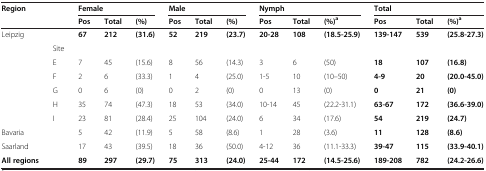
<table><thead><tr><td rowspan="2"><b>Region</b></td><td><b> </b></td><td colspan="3"><b>Female</b></td><td colspan="3"><b>Male</b></td><td colspan="3"><b>Nymph</b></td><td colspan="3"><b>Total</b></td></tr><tr><td><b> </b></td><td><b>Pos</b></td><td><b>Total</b></td><td><b>(%)</b></td><td><b>Pos</b></td><td><b>Total</b></td><td><b>(%)</b></td><td><b>Pos</b></td><td><b>Total</b></td><td><b>(%)<sup>a</sup></b></td><td><b>Pos</b></td><td><b>Total</b></td><td><b>(%)<sup>a</sup></b></td></tr></thead><tbody><tr><td>Leipzig</td><td> </td><td><b>67</b></td><td><b>212</b></td><td><b>(31.6)</b></td><td><b>52</b></td><td><b>219</b></td><td><b>(23.7)</b></td><td><b>20-28</b></td><td><b>108</b></td><td><b>(18.5-25.9)</b></td><td><b>139-147</b></td><td><b>539</b></td><td><b>(25.8-27.3)</b></td></tr><tr><td> </td><td>Site</td><td> </td><td> </td><td> </td><td> </td><td> </td><td> </td><td> </td><td> </td><td> </td><td> </td><td> </td><td> </td></tr><tr><td> </td><td>E</td><td>7</td><td>45</td><td>(15.6)</td><td>8</td><td>56</td><td>(14.3)</td><td>3</td><td>6</td><td>(50)</td><td><b>18</b></td><td><b>107</b></td><td><b>(16.8)</b></td></tr><tr><td> </td><td>F</td><td>2</td><td>6</td><td>(33.3)</td><td>1</td><td>4</td><td>(25.0)</td><td>1-5</td><td>10</td><td>(10–50)</td><td><b>4-9</b></td><td><b>20</b></td><td><b>(20.0-45.0)</b></td></tr><tr><td> </td><td>G</td><td>0</td><td>6</td><td>(0)</td><td>0</td><td>2</td><td>(0)</td><td>0</td><td>13</td><td>(0)</td><td><b>0</b></td><td><b>21</b></td><td><b>(0)</b></td></tr><tr><td> </td><td>H</td><td>35</td><td>74</td><td>(47.3)</td><td>18</td><td>53</td><td>(34.0)</td><td>10-14</td><td>45</td><td>(22.2-31.1)</td><td><b>63-67</b></td><td><b>172</b></td><td><b>(36.6-39.0)</b></td></tr><tr><td> </td><td>I</td><td>23</td><td>81</td><td>(28.4)</td><td>25</td><td>104</td><td>(24.0)</td><td>6</td><td>34</td><td>(17.6)</td><td><b>54</b></td><td><b>219</b></td><td><b>(24.7)</b></td></tr><tr><td>Bavaria</td><td> </td><td>5</td><td>42</td><td>(11.9)</td><td>5</td><td>58</td><td>(8.6)</td><td>1</td><td>28</td><td>(3.6)</td><td><b>11</b></td><td><b>128</b></td><td><b>(8.6)</b></td></tr><tr><td>Saarland</td><td> </td><td>17</td><td>43</td><td>(39.5)</td><td>18</td><td>36</td><td>(50.0)</td><td>4-12</td><td>36</td><td>(11.1-33.3)</td><td><b>39-47</b></td><td><b>115</b></td><td><b>(33.9-40.1)</b></td></tr><tr><td><b>All regions</b></td><td> </td><td><b>89</b></td><td><b>297</b></td><td><b>(29.7)</b></td><td><b>75</b></td><td><b>313</b></td><td><b>(24.0)</b></td><td><b>25-44</b></td><td><b>172</b></td><td><b>(14.5-25.6)</b></td><td><b>189-208</b></td><td><b>782</b></td><td><b>(24.2-26.6)</b></td></tr></tbody></table>